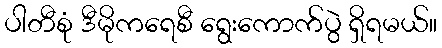
ပါတီစုံ ဒီမိုကရေစီ ရွေးကောက်ပွဲ ရှိရမယ်။